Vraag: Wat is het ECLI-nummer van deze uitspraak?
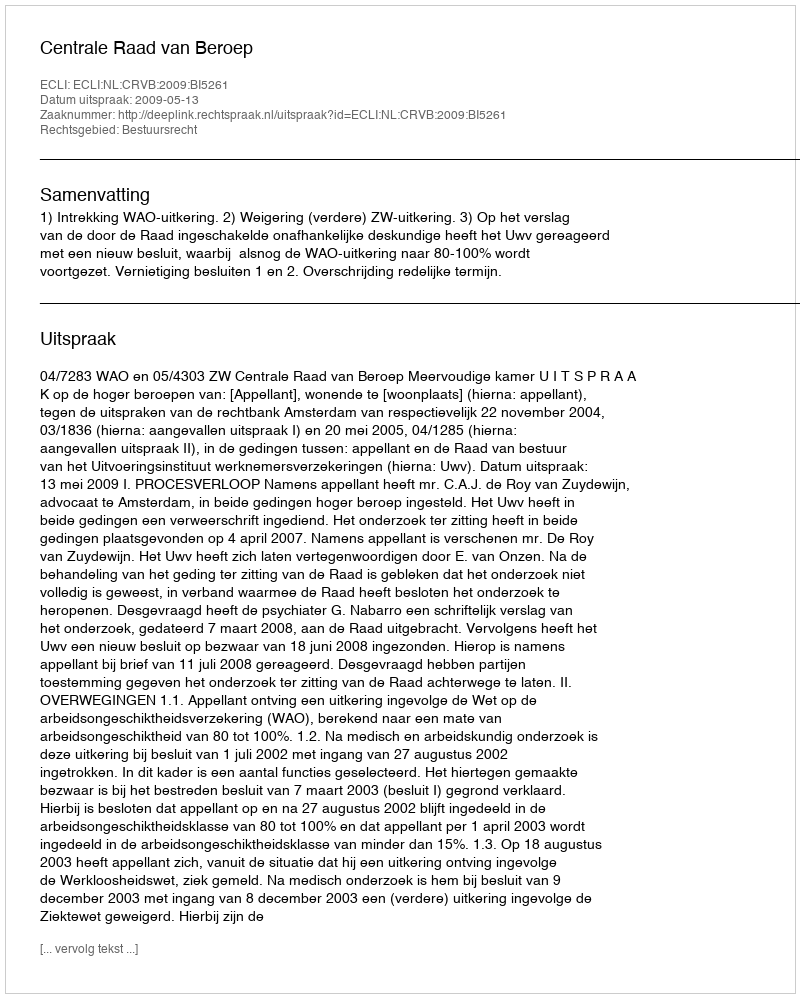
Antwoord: ECLI:NL:CRVB:2009:BI5261